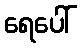
ရေပေါ်